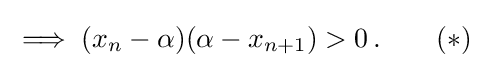
\implies (x_{n}-\alpha )(\alpha -x_{n+1})>0\,.\qquad (*)